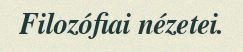
Filozófiai nézetei.